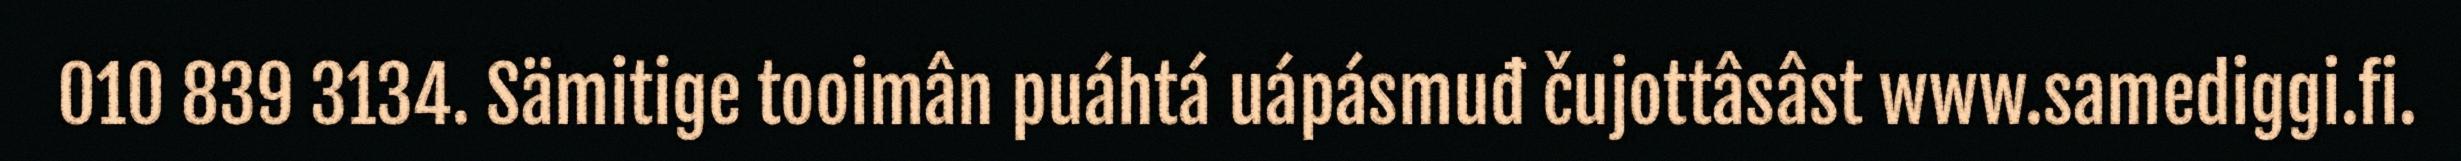
010 839 3134. Sämitige tooimân puáhtá uápásmuđ čujottâsâst www.samediggi.fi.